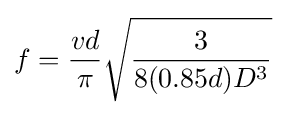
f={\frac {vd}{\pi }}{\sqrt {\frac {3}{8(0.85d)D^{3}}}}